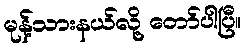
မုန့်သားနယ်လို့ တော်ပါပြီ။